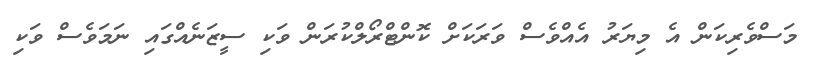
މަސްވެރިކަން އެ މިޔަރު އެއްވެސް ވަރަކަށް ކޮންޓްރޯލްކުރަން ވަކި ސީޒަނެއްގައި ނަމަވެސް ވަކި